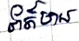
ព័ត៌មាន